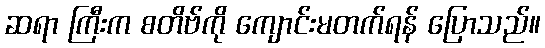
ဆရာ ကြီးက စတိဗ်ကို ကျောင်းမတက်ရန် ပြောသည်။